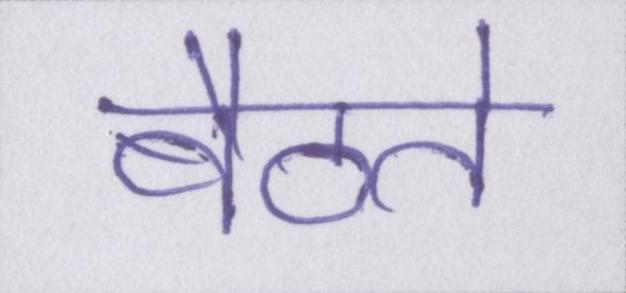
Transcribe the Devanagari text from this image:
बैठते